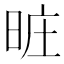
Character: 𣆮